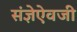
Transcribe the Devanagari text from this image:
संज्ञेऐवजी